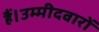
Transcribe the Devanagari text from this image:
हैं।उम्मीदवारों